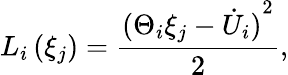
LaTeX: L_{i}\left(\xi_{j}\right)=\frac{{(\Theta_{i}\xi_{j}-{\dot{U}}_{i})}^{2}}{2},